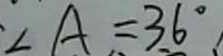
\angle A = 3 6 ^ { \circ }